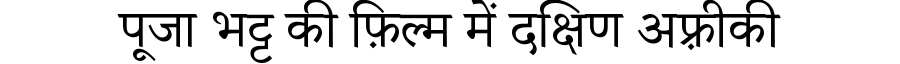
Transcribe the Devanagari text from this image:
पूजा भट्ट की फ़िल्म में दक्षिण अफ़्रीकी